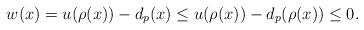
LaTeX: \begin{align*}w(x)=u(\rho(x))-d_{p}(x)\le u(\rho(x))-d_{p}(\rho(x))\le0.\end{align*}